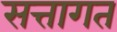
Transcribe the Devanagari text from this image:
सत्तागत